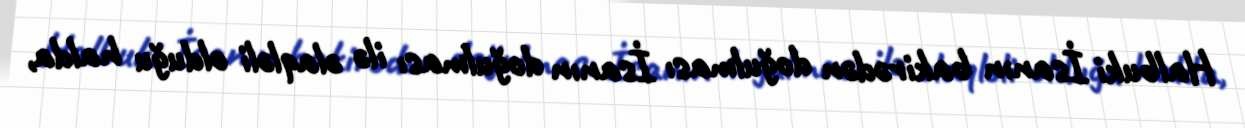
Halbuki İsanın bakirədən doğulması İsanın doğulması ilə əlaqləli olduğu halda,